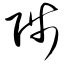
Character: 陟